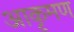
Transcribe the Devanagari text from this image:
आकृमण